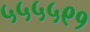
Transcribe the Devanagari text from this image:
५५५५९१